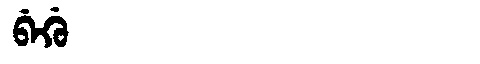
Manchu: ᠪᡝᡤᡠ
Romanization: BEGU